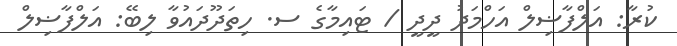
ކުރާ: އަލްފާޟިލް އަހްމަދު ދީދީ / ޓައިމާގެ ސ. ހިތަދޫދައުވާ ލިބޭ: އަލްފާޟިލް